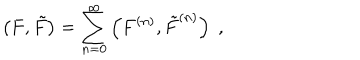
\left( F , { \tilde { F } } \right) = \sum _ { n = 0 } ^ { \infty } \left( F ^ { ( n ) } , { \tilde { F } } ^ { ( n ) } \right) \; ,